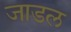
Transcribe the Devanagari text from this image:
जाडल